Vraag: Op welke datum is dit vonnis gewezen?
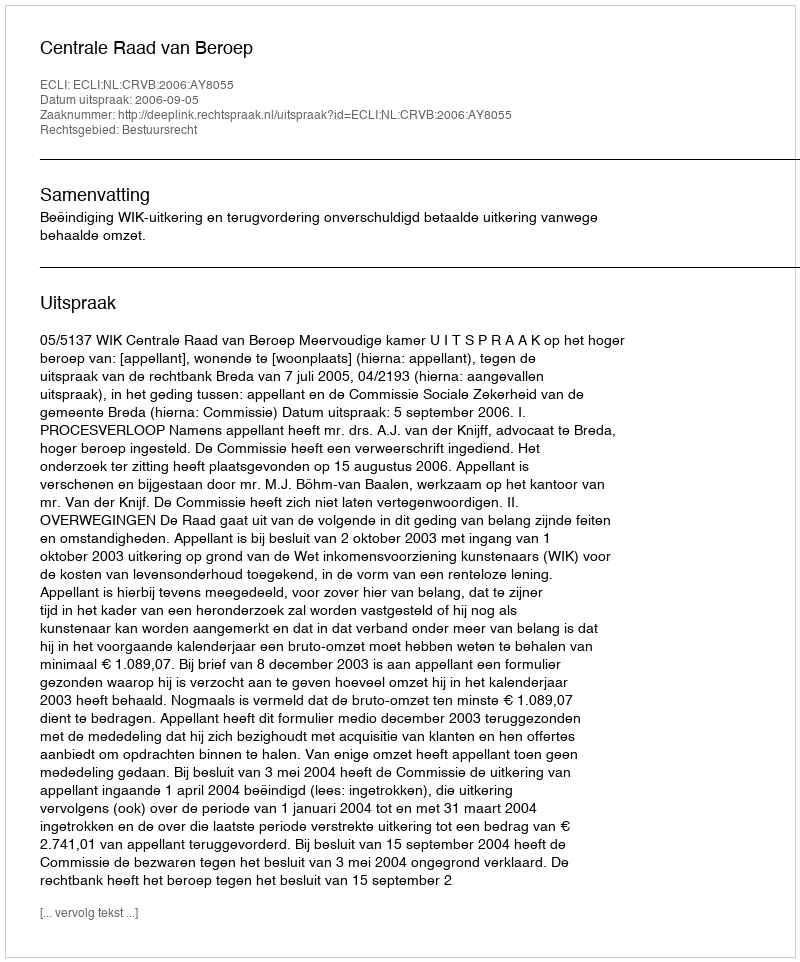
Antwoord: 2006-09-05